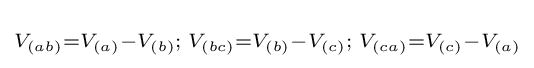
\scriptstyle V_{(ab)}=V_{(a)}-V_{(b)};\;V_{(bc)}=V_{(b)}-V_{(c)};\;V_{(ca)}=V_{(c)}-V_{(a)}